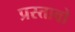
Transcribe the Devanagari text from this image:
प्रस्तावो